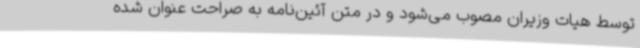
توسط هیات وزیران مصوب می‌شود و در متن آئین‌نامه به صراحت عنوان شده